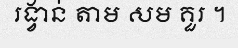
រង្វាន់ តាម សម គួរ ។